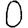
Digit: 0